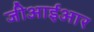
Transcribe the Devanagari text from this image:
जीआईआर